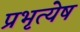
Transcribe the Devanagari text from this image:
प्रभृत्येष